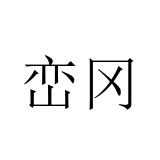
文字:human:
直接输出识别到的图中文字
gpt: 峦冈